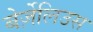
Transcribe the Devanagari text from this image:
बेर्ज़ेलिउस